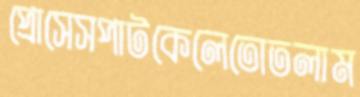
প্রোসেসপাটকেলেতোতলাম